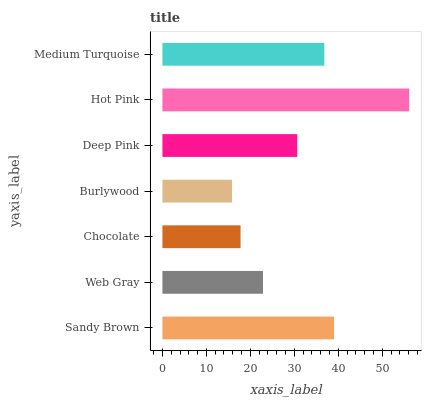
| yaxis_label | bars |
 | --- | --- |
 | Sandy Brown | 39 |
 | Web Gray | 22.9 |
 | Chocolate | 17.8 |
 | Burlywood | 15.8 |
 | Deep Pink | 30.7 |
 | Hot Pink | 56.1 |
 | Medium Turquoise | 36.8 |